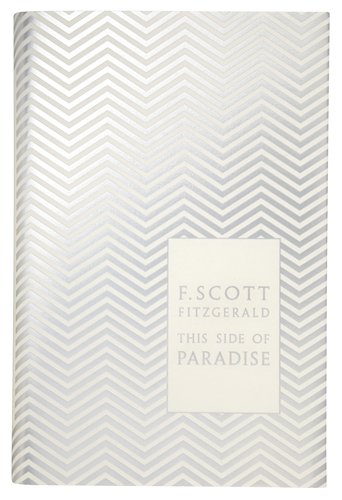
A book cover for This Side of Paradise (Hardcover Classics); F. Scott Fitzgerald; Literature & Fiction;